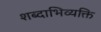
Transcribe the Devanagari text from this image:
शब्दाभिव्यक्ति